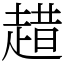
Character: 趞